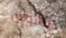
ديدالوس